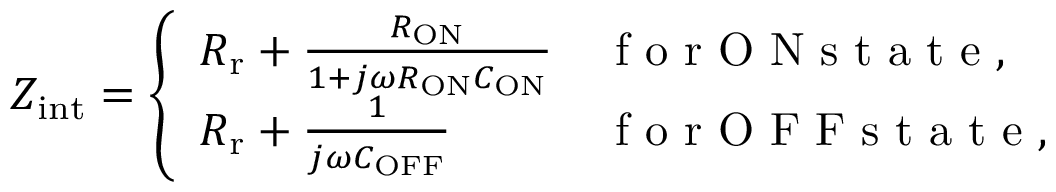
Z _ { \mathrm { i n t } } = \left\{ \begin{array} { l l } { R _ { \mathrm { r } } + \frac { R _ { \mathrm { O N } } } { 1 + j \omega R _ { \mathrm { O N } } C _ { \mathrm { O N } } } } & { \mathrm { ~ f ~ o ~ r ~ O ~ N ~ s ~ t ~ a ~ t ~ e ~ , ~ } } \\ { R _ { \mathrm { r } } + \frac { 1 } { j \omega C _ { \mathrm { O F F } } } } & { \mathrm { ~ f ~ o ~ r ~ O ~ F ~ F ~ s ~ t ~ a ~ t ~ e ~ , ~ } } \end{array} \right.